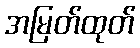
အမြတ်ထုတ်